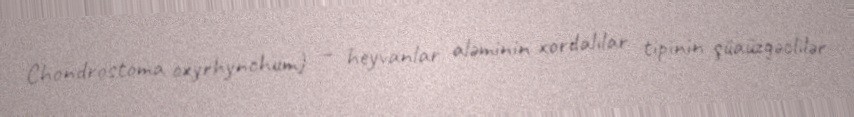
Chondrostoma oxyrhynchum) — heyvanlar aləminin xordalılar tipinin şüaüzgəclilər